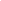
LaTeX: \begin{array}{rlr}\end{array}